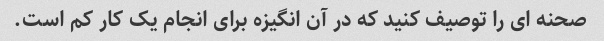
صحنه ای را توصیف کنید که در آن انگیزه برای انجام یک کار کم است.